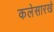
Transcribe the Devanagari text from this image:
कलेसारखे